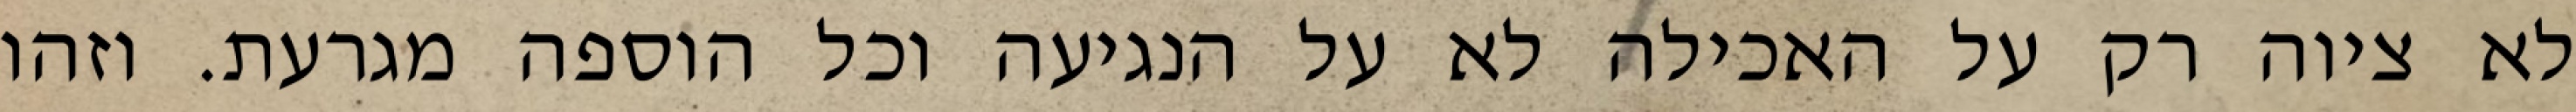
לא ציוה רק על האכילה לא על הנגיעה וכל הוספה מגרעת. וזהו